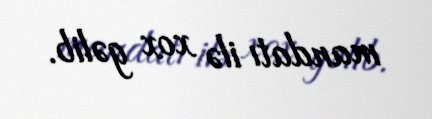
mandatı ilə xox gəlib.